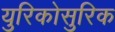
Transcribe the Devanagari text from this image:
युरिकोसुरिक